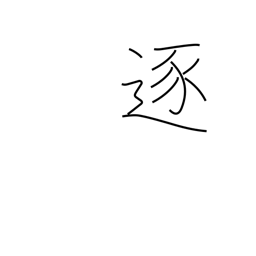
Meaning: accomplish